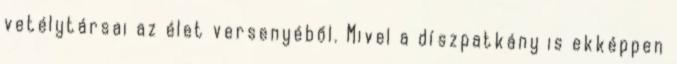
vetélytársai az élet versenyéből. Mivel a díszpatkány is ekképpen